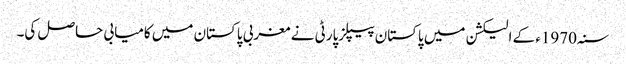
سنہ1970ء کے الیکشن میں پاکستان پیپلزپارٹی نے مغربی پاکستان میں کامیابی حاصل کی۔